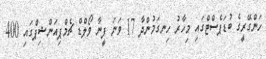
ހަންގޭރީގެ ބުޑަޕެސްޓްގައި މިހާރު ހިނގަމުންދާ 17 ވަނަ ފީނާ ވޯލްޑް ޗެމްޕިއަންޝިޕްގައި 400